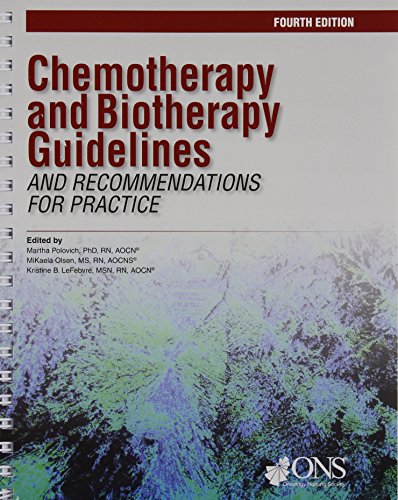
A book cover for Chemotherapy and Biotherapy Guidelines and Recommendations for Practice; Martha Polovich; Medical Books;